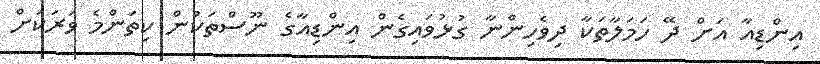
އިންޑިއާ އަށް ދޭ ހަމަލާތަކާ ދިވެހިންނާ ގުޅުވައިގެން އިންޑިއާގެ ނޫސްތަކުން ކިތަންމެ ވަރަކަށް